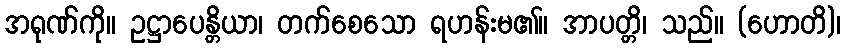
အရုဏ်ကို။ ဥဋ္ဌာပေန္တိယာ၊ တက်စေသော ရဟန်းမ၏။ အာပတ္တိ၊ သည်။ (ဟောတိ)၊